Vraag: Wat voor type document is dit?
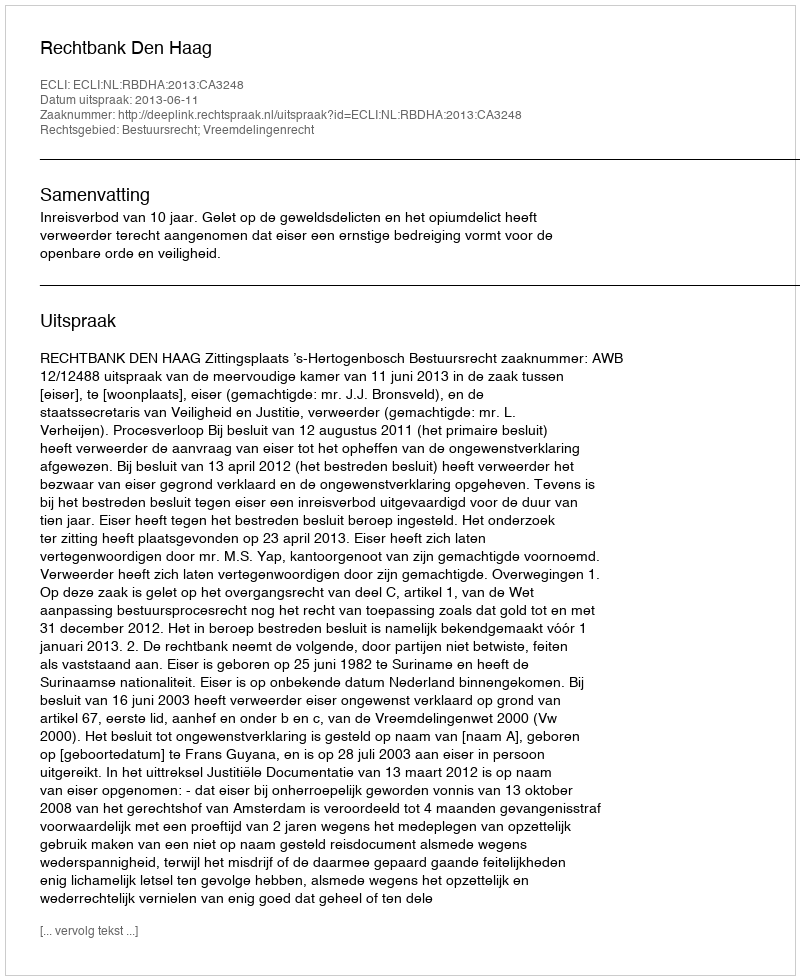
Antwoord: Uitspraak